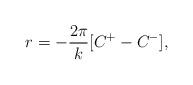
LaTeX: \begin{align*}r=-\frac{2\pi }{k}[C^{+}-C^{-}], \end{align*}